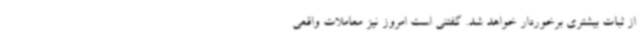
از ثبات بیشتری برخوردار خواهد شد. گفتنی است امروز نیز معاملات واقعی